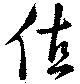
値